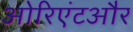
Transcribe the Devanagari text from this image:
ओरिएंटऔर